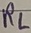
Text: RL